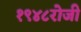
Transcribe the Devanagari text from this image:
१९४८रोजी